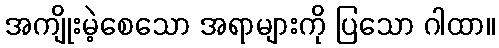
အကျိုးမဲ့စေသော အရာများကို ပြသော ဂါထာ။